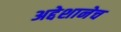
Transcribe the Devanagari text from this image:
अद्देशानेच